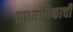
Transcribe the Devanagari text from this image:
प्राध्यापिकाची